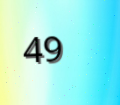
49